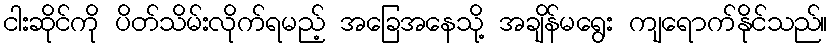
ငါးဆိုင်ကို ပိတ်သိမ်းလိုက်ရမည့် အခြေအနေသို့ အချိန်မရွေး ကျရောက်နိုင်သည်။